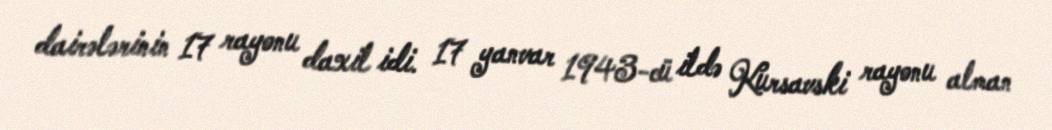
dairələrinin 17 rayonu daxil idi. 17 yanvar 1943-cü ildə Kursavski rayonu alman